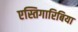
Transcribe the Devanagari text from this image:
एस्तिगारिबिया